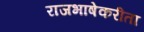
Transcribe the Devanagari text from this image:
राजभाषेकरीता